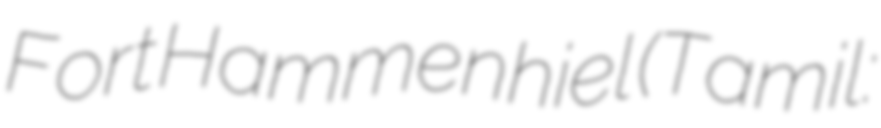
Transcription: Fort Hammenhiel (Tamil: அம்மன்னீல்